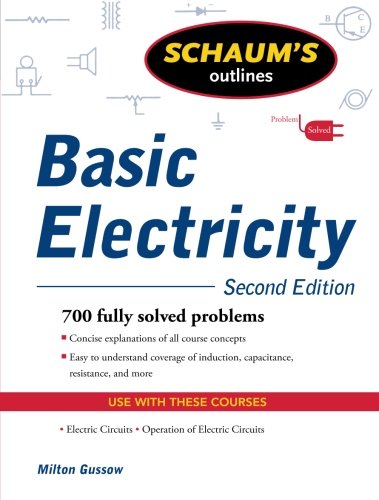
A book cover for Schaum's Outline of Basic Electricity, Second Edition (Schaum's Outlines); Milton Gussow; Science & Math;